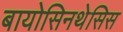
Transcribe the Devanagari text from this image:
बायोसिनथेसिस